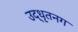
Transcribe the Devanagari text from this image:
उद्‌धृतनग